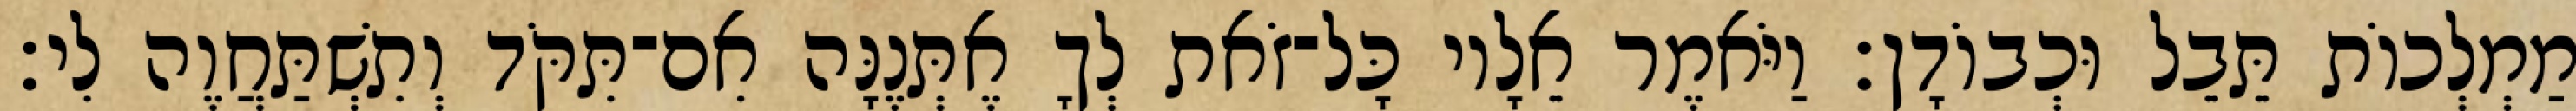
מַמְלְכוֹת תֵּבֵל וּכְבוֹדָן׃ וַיֹּאמֶר אֵלָיו כָּל־זֹאת לְךָ אֶתְּנֶנָּה אִם־תִּקֹּד וְתִשְׁתַּחֲוֶה לִי׃